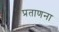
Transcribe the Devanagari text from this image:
प्रताणना